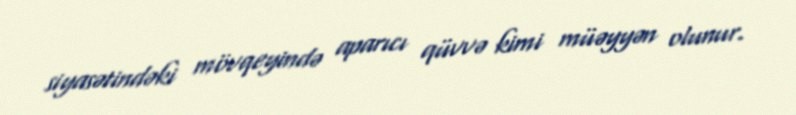
siyasətindəki mövqeyində aparıcı qüvvə kimi müəyyən olunur.